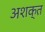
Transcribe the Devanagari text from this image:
अशक्‍त